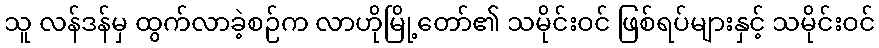
သူ လန်ဒန်မှ ထွက်လာခဲ့စဉ်က လာဟိုမြို့တော်၏ သမိုင်းဝင် ဖြစ်ရပ်များနှင့် သမိုင်းဝင်